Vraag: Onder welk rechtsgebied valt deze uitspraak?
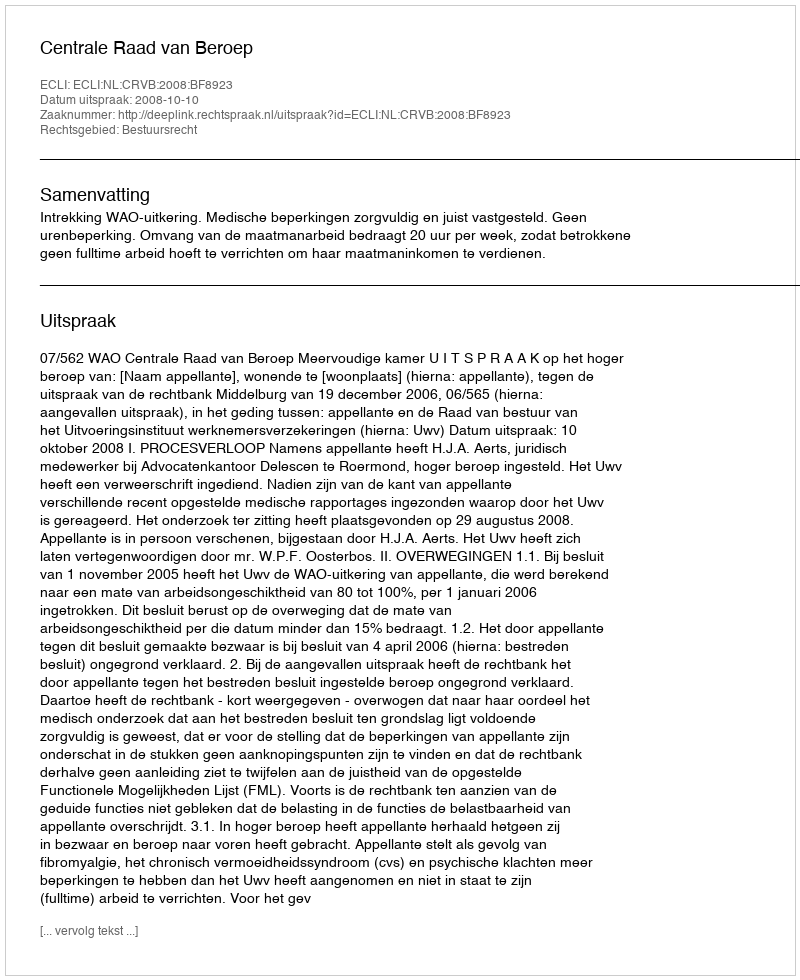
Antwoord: Bestuursrecht